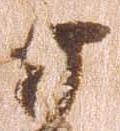
廿